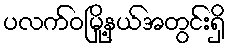
ပလက်ဝမြို့နယ်အတွင်းရှိ